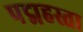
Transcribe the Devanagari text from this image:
पद्महस्ता